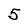
Character: 5